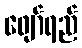
ဖျော်ရည်